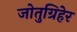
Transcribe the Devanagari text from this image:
जोतुग्रिहेर